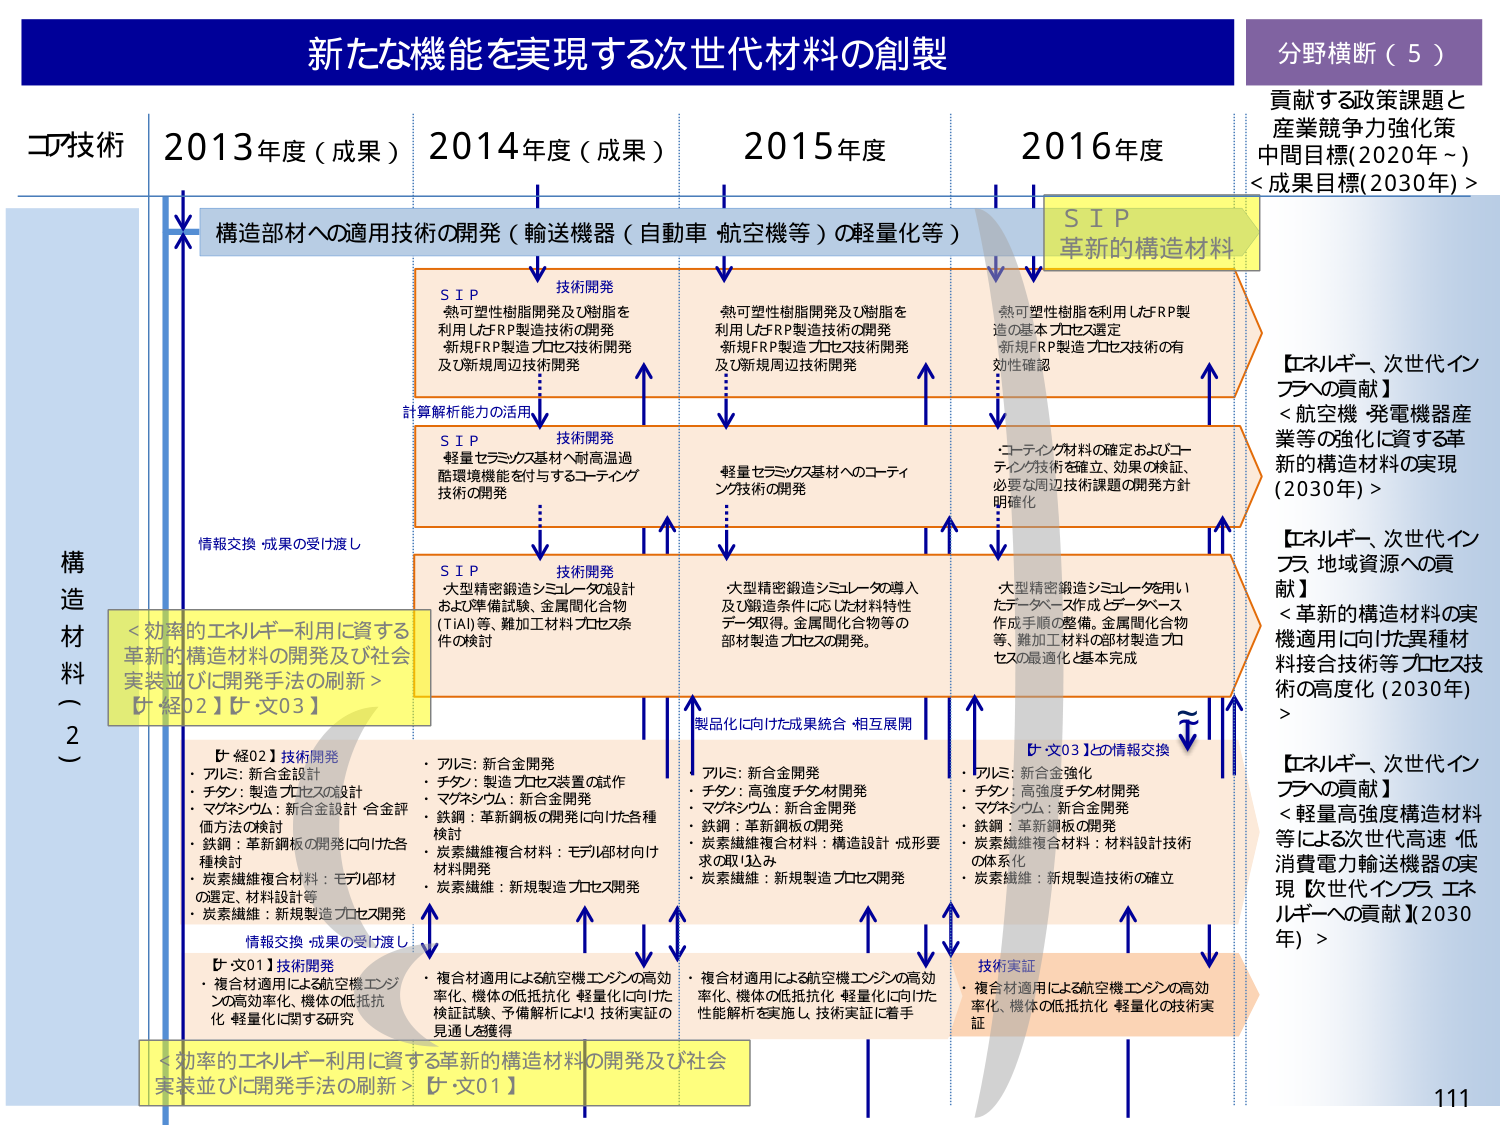
新たな機能を実現する次世代材料の創製

分野横断（5）
貢献する政策課題と
産業競争力強化策
中間目標(2020年～)
<成果目標(2030年)>

コア技術
2013年度（成果） 2014年度（成果） 2015年度 2016年度

構造材料（2）

構造部材への適用技術の開発（輸送機器（自動車 航空機等）の軽量化等）

S I P
革新的構造材料

S I P
技術開発
・熱可塑性樹脂開発及び樹脂を
利用したFRP製造技術の開発
・新規FRP製造プロセス技術開発
及び新規周辺技術開発

S I P
技術開発
・熱可塑性樹脂開発及び樹脂を
利用したFRP製造技術の開発
・新規FRP製造プロセス技術開発
及び新規周辺技術開発

S I P
技術開発
・熱可塑性樹脂を利用したFRP製
造の基本プロセス選定
・新規FRP製造プロセス技術の有
効性確認

計算解析能力の活用

S I P
技術開発
・軽量セラミックス基材への高温過
酷環境機能を付与するコーティング
技術の開発

S I P
技術開発
・軽量セラミックス基材へのコーティ
ング技術の開発

S I P
技術開発
・コーティング材料の確定およびコー
ティング技術を確立、効果の検証、
必要な周辺技術課題の開発方針
明確化

情報交換・成果の受け渡し

S I P
技術開発
・大型精密鍛造シミュレータの設計
および準備試験、金属間化合物
（TiAl）等、難加工材料プロセス条
件の検討

S I P
技術開発
・大型精密鍛造シミュレータの導入
及び鍛造条件に応じた材料特性
データ取得、金属間化合物等の
部材製造プロセスの開発。

S I P
技術開発
・大型精密鍛造シミュレータを用い
たデータベース作成とデータベース
作成手順の整備、金属間化合物
等、難加工材料の部材製造プロ
セスの最適化と基本完成

製品化に向けた成果統合・相互展開

【エネルギー、次世代インフラへの貢献】
＜航空機・発電機器産業等の強化に資する革新的構造材料の実現（2030年）＞

【エネルギー、次世代インフラ 地域資源への貢献】
＜革新的構造材料の実機適用に向けた異種材料接合技術等プロセス技術の高度化（2030年）＞

【エネルギー、次世代インフラへの貢献】
＜軽量高強度構造材料等による次世代高速 低消費電力輸送機器の実現【次世代インフラ エネルギーへの貢献】（2030年）＞

＜効率的エネルギー利用に資する革新的構造材料の開発及び社会実装並びに開発手法の刷新＞
【中経02】【中文03】

【中経02】技術開発
・アルミ：新合金設計
・チタン：製造プロセスの設計
・マグネシウム：新合金設計・合金評価方法の検討
・鉄鋼：革新鋼板の開発に向けた各種検討
・炭素繊維複合材料：モデル部材の選定、材料設計等
・炭素繊維：新規製造プロセス開発

【中文01】技術開発
・複合材適用による航空機エンジンの高効率化、機体の低抵抗化・軽量化に関する研究

【中文03】との情報交換

・アルミ：新合金開発
・チタン：高強度チタン材開発
・マグネシウム：新合金開発
・鉄鋼：革新鋼板の開発
・炭素繊維複合材料：構造設計・成形要求の取り込み
・炭素繊維：新規製造プロセス開発

・アルミ：新合金強化
・チタン：高強度チタン材開発
・マグネシウム：新合金開発
・鉄鋼：革新鋼板の開発
・炭素繊維複合材料：材料設計技術の体系化
・炭素繊維：新規製造技術の確立

技術実証
・複合材適用による航空機エンジンの高効率化、機体の低抵抗化・軽量化の技術実証

・複合材適用による航空機エンジンの高効率化、機体の低抵抗化・軽量化に向けた検証試験、予備解析により技術実証の見通しを獲得

・複合材適用による航空機エンジンの高効率化、機体の低抵抗化・軽量化に向けた性能解析を実施し、技術実証に着手

＜効率的エネルギー利用に資する革新的構造材料の開発及び社会実装並びに開発手法の刷新＞【中文01】

111